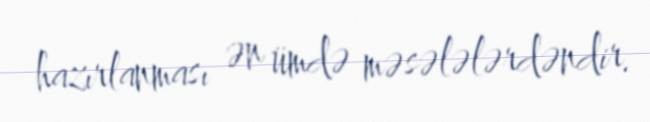
hazırlanması ən ümdə məsələlərdəndir.